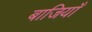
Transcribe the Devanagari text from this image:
बाजियाँ